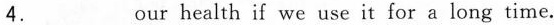
4.___our health if we use it for a long time.